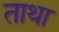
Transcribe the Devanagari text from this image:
ताथा